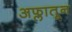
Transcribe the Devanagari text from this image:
अफ्लातून